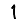
Digit: 1